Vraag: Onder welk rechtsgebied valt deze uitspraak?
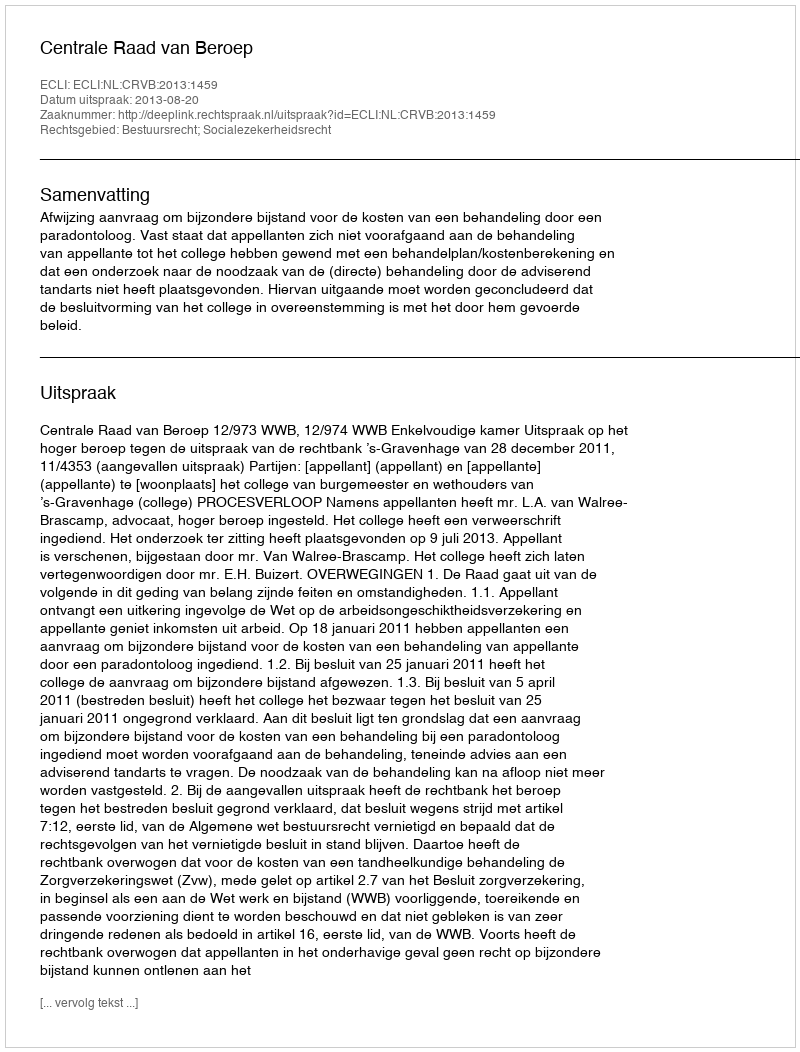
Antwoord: Bestuursrecht; Socialezekerheidsrecht